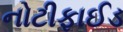
નોટીફાઈડ